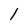
Character: l